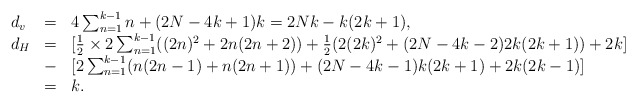
\begin{align*}\begin{array}{lll}d_v & = & 4\sum_{n=1}^{k-1}n + (2N-4k+1) k=2Nk-k(2k+1) , \\ d_H &= & [\frac{1}{2}\times 2 \sum_{n=1}^{k-1} ( (2n) ^2+2n(2n+2) )+\frac{1}{2}( 2(2k) ^2+ (2N-4k-2) 2k(2k+1) ) + 2k] \\ & - & [2\sum_{n=1}^{k-1}(n(2n-1) +n(2n+1) ) + (2N-4k-1) k(2k+1)+2k(2k-1) ]\\ & = & k.\end{array}\end{align*}